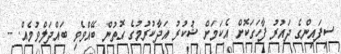
ސިފައިންގެ ދައުރު ފާހަގަކޮށް އެކަމަށް ޝުކުރު އަދާކުރުމުގެ ގޮތުން ބޭއްވެވި ބައްދަލްވުމެއް. --